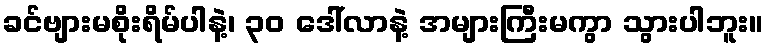
ခင်ဗျားမစိုးရိမ်ပါနဲ့၊ ၃၀ ဒေါ်လာနဲ့ အများကြီးမကွာ သွားပါဘူး။